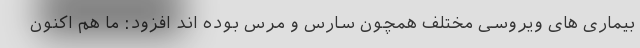
بیماری های ویروسی مختلف همچون سارس و مرس بوده اند افزود:‌ ما هم اکنون